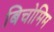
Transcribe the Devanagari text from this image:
बिचोमिम